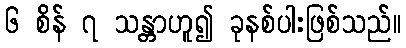
၆ စိန် ၇ သန္တာဟူ၍ ခုနစ်ပါးဖြစ်သည်။